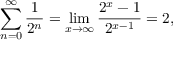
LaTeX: \sum _ { n = 0 } ^ { \infty } { \frac { 1 } { 2 ^ { n } } } = \operatorname* { l i m } _ { x \to \infty } { \frac { 2 ^ { x } - 1 } { 2 ^ { x - 1 } } } = 2 ,